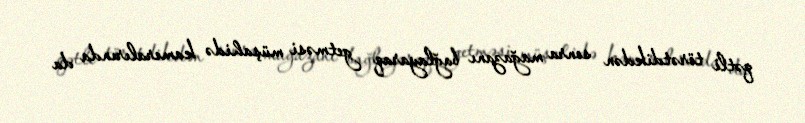
qətli törətdikdən sonra mağazanı bağlayaraq getməsi müşahidə kameralırında da